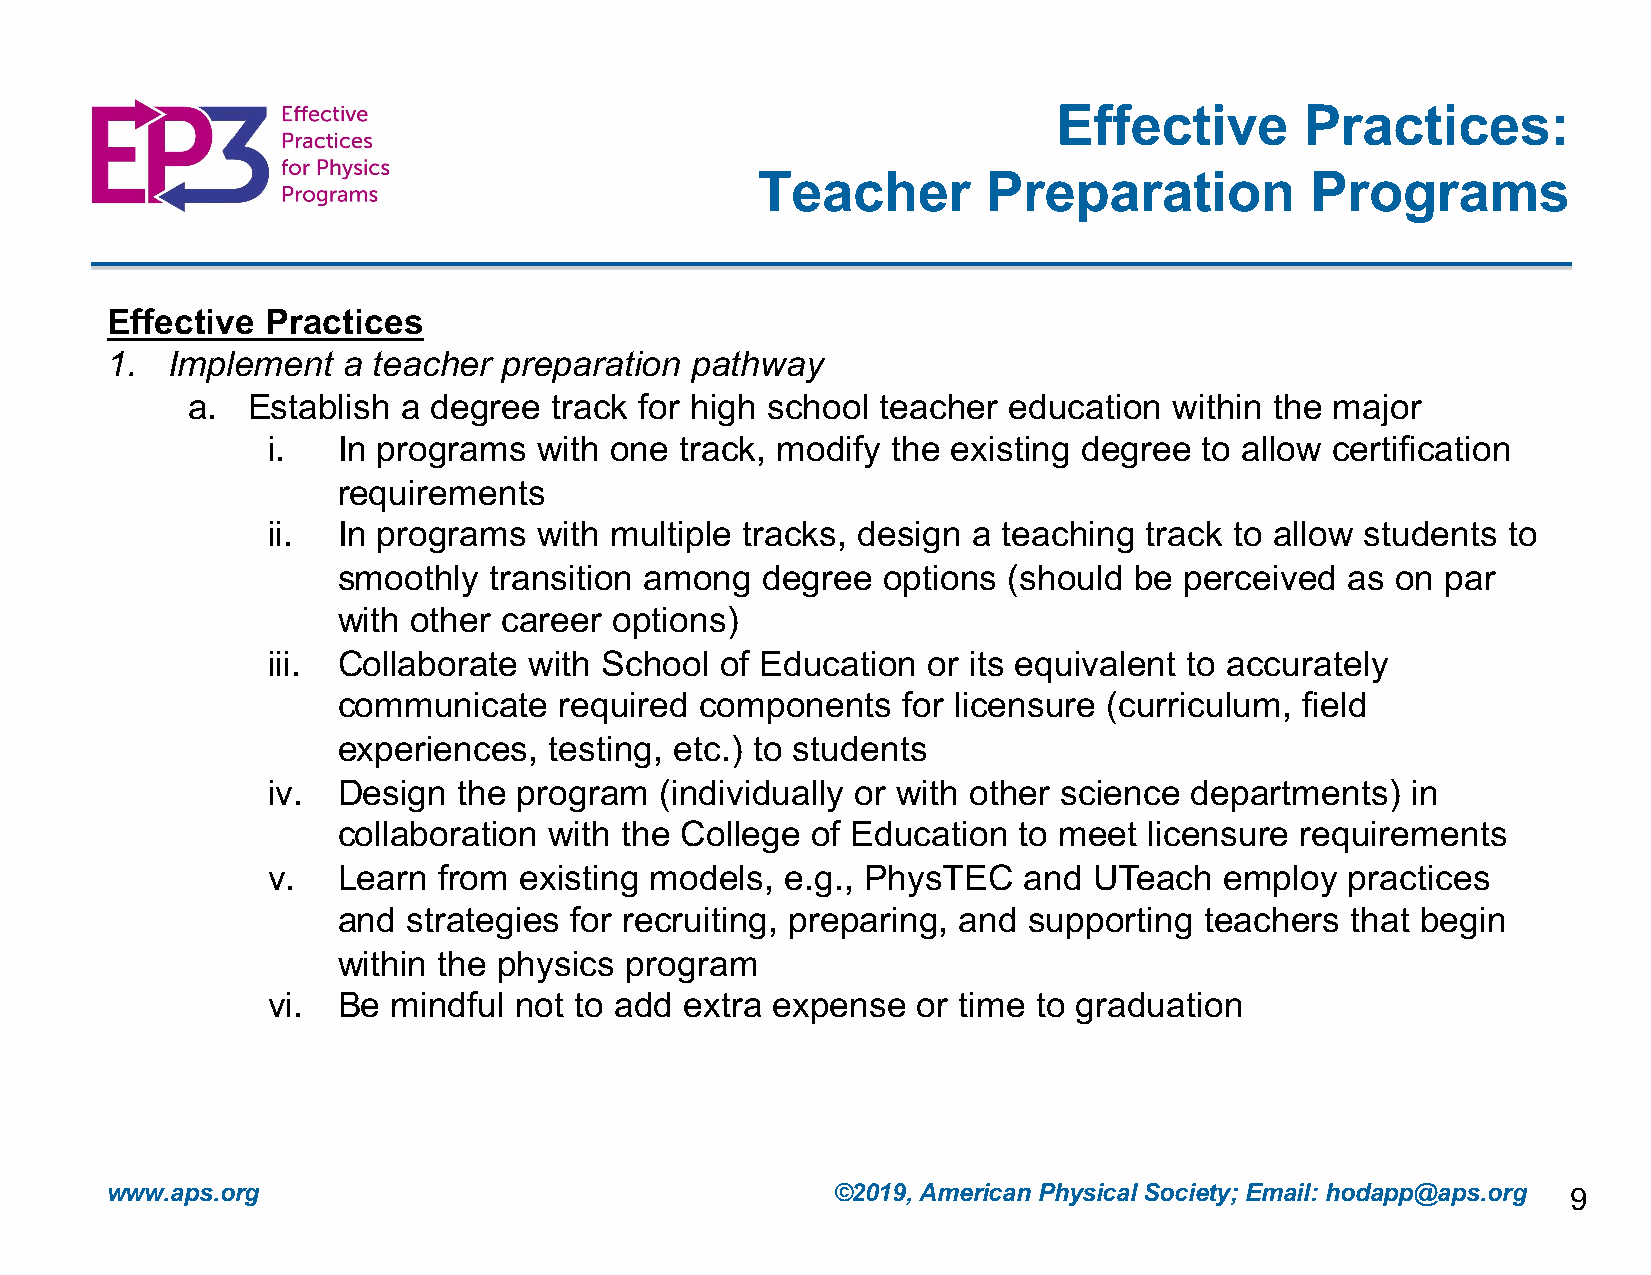
Effective       Practices:
 Teacher        Preparation           Programs
 Effective  Practices
 1.  Implement   a teacher preparation  pathway
 a.  Establish  a degree  track for high school teacher education  within the major
 i.  In programs   with one track, modify the existing degree  to allow certification
 requirements
 ii. In programs   with multiple tracks, design a teaching track to allow students to
 smoothly  transition among  degree  options  (should be perceived  as on  par
 with other career  options)
 iii. Collaborate with School  of Education or its equivalent to accurately
 communicate    required components    for licensure (curriculum, field
 experiences,  testing, etc.) to students
 iv. Design  the program   (individually or with other science departments) in
 collaboration with the College  of Education to meet  licensure requirements
 v.  Learn  from existing models,  e.g., PhysTEC   and UTeach   employ  practices
 and  strategies for recruiting, preparing, and supporting teachers that begin
 within the physics program
 vi. Be  mindful not to add extra expense   or time to graduation
 www.aps.org                                     ©2019, American Physical Society; Email: hodapp@aps.org 9